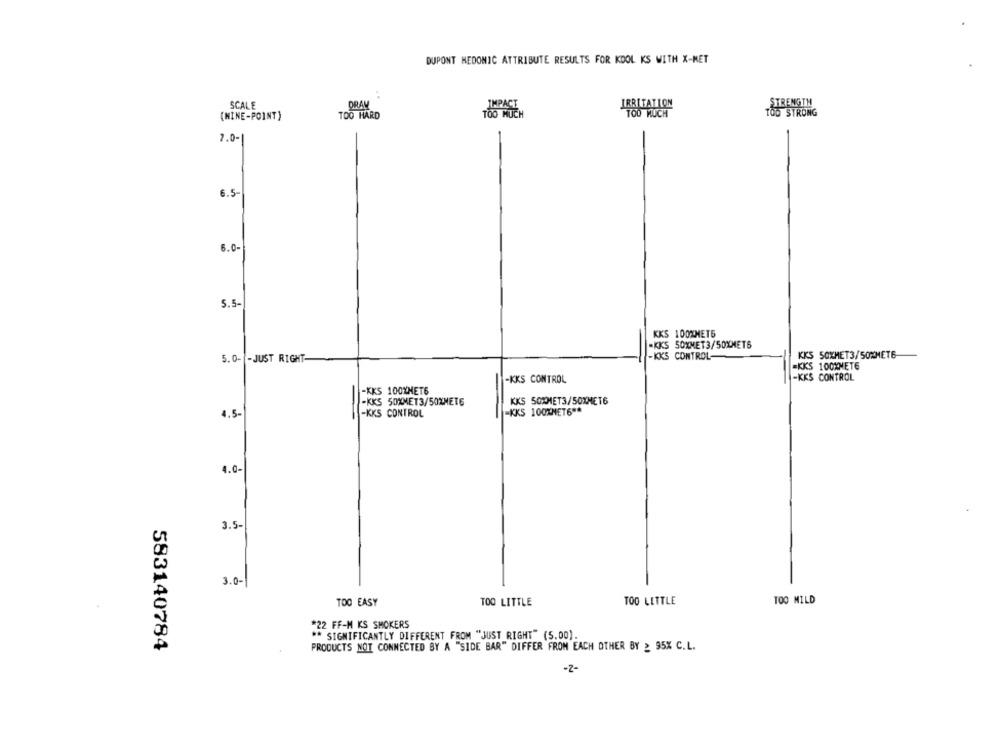
DUPONT MEDONIC ATTRIBUTE RESULTS FOR KOOL KS WITH X-MET
SCALE
ORAW
STRENGTH
(MINE-POINT)
TOO HARD
7.0-1
6.5-
6.0-
5.5-
KKS 100XMET6
.KKS 50XMET3/50XMETS
-JUST RIGHT-
-KKS CONTROL
KKS SOXMET3/50%MET6
=KKS 100XMETE
-KKS CONTROL
-KKS CONTROL
-KKS 100%MET6
-KKS 5000MET3/50%MET6
KKS 50XMET3/50XMET6
-KKS 100%MET6 **
4.5-
-KKS CONTROL
4.0-
3.5-
3.0-
TOO LITTLE
TOO MILD
TOO EASY
TOO LITTLE
#22 FF-M KS SMOKERS
** SIGNIFICANTLY DIFFERENT FROM "JUST RIGHT" (5.00).
583140784
PRODUCTS NOT CONNECTED BY A "SIDE BAR" DIFFER FROM EACH OTHER BY 2 95% C.L.
-2-